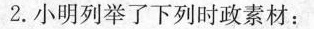
2.小明列举了下列时政素材：